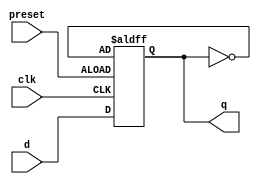
module async_preset_d_ff (
    input clk,
    input preset,
    input d,
    output reg q
);

reg q_next;

always @ (posedge clk or posedge preset) begin
    if (preset) begin
        q_next = ~q; // set the output to the opposite value when preset is asserted
    end else begin
        q_next = d; // latch the D input on the rising edge of the clock signal
    end
end

always @* begin
    q = q_next; // update the output based on the next state
end

endmodule